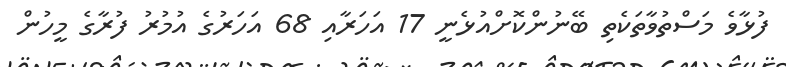
ފުޅާވެ މަސްތުވާތަކެތި ބޭނުންކޮށްއުޅެނީ 17 އަހަރާއި 68 އަހަރުގެ އުމުރު ފުރާގެ މީހުން